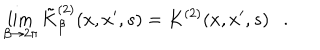
LaTeX: \lim _ { \beta \rightarrow 2 \pi } \tilde { K } _ { \beta } ^ { ( 2 ) } ( x , x ^ { \prime } , s ) = K ^ { ( 2 ) } ( x , x ^ { \prime } , s ) .